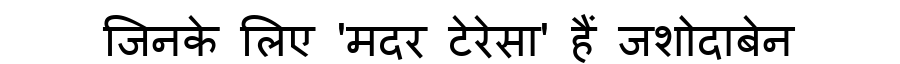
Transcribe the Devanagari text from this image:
जिनके लिए 'मदर टेरेसा' हैं जशोदाबेन